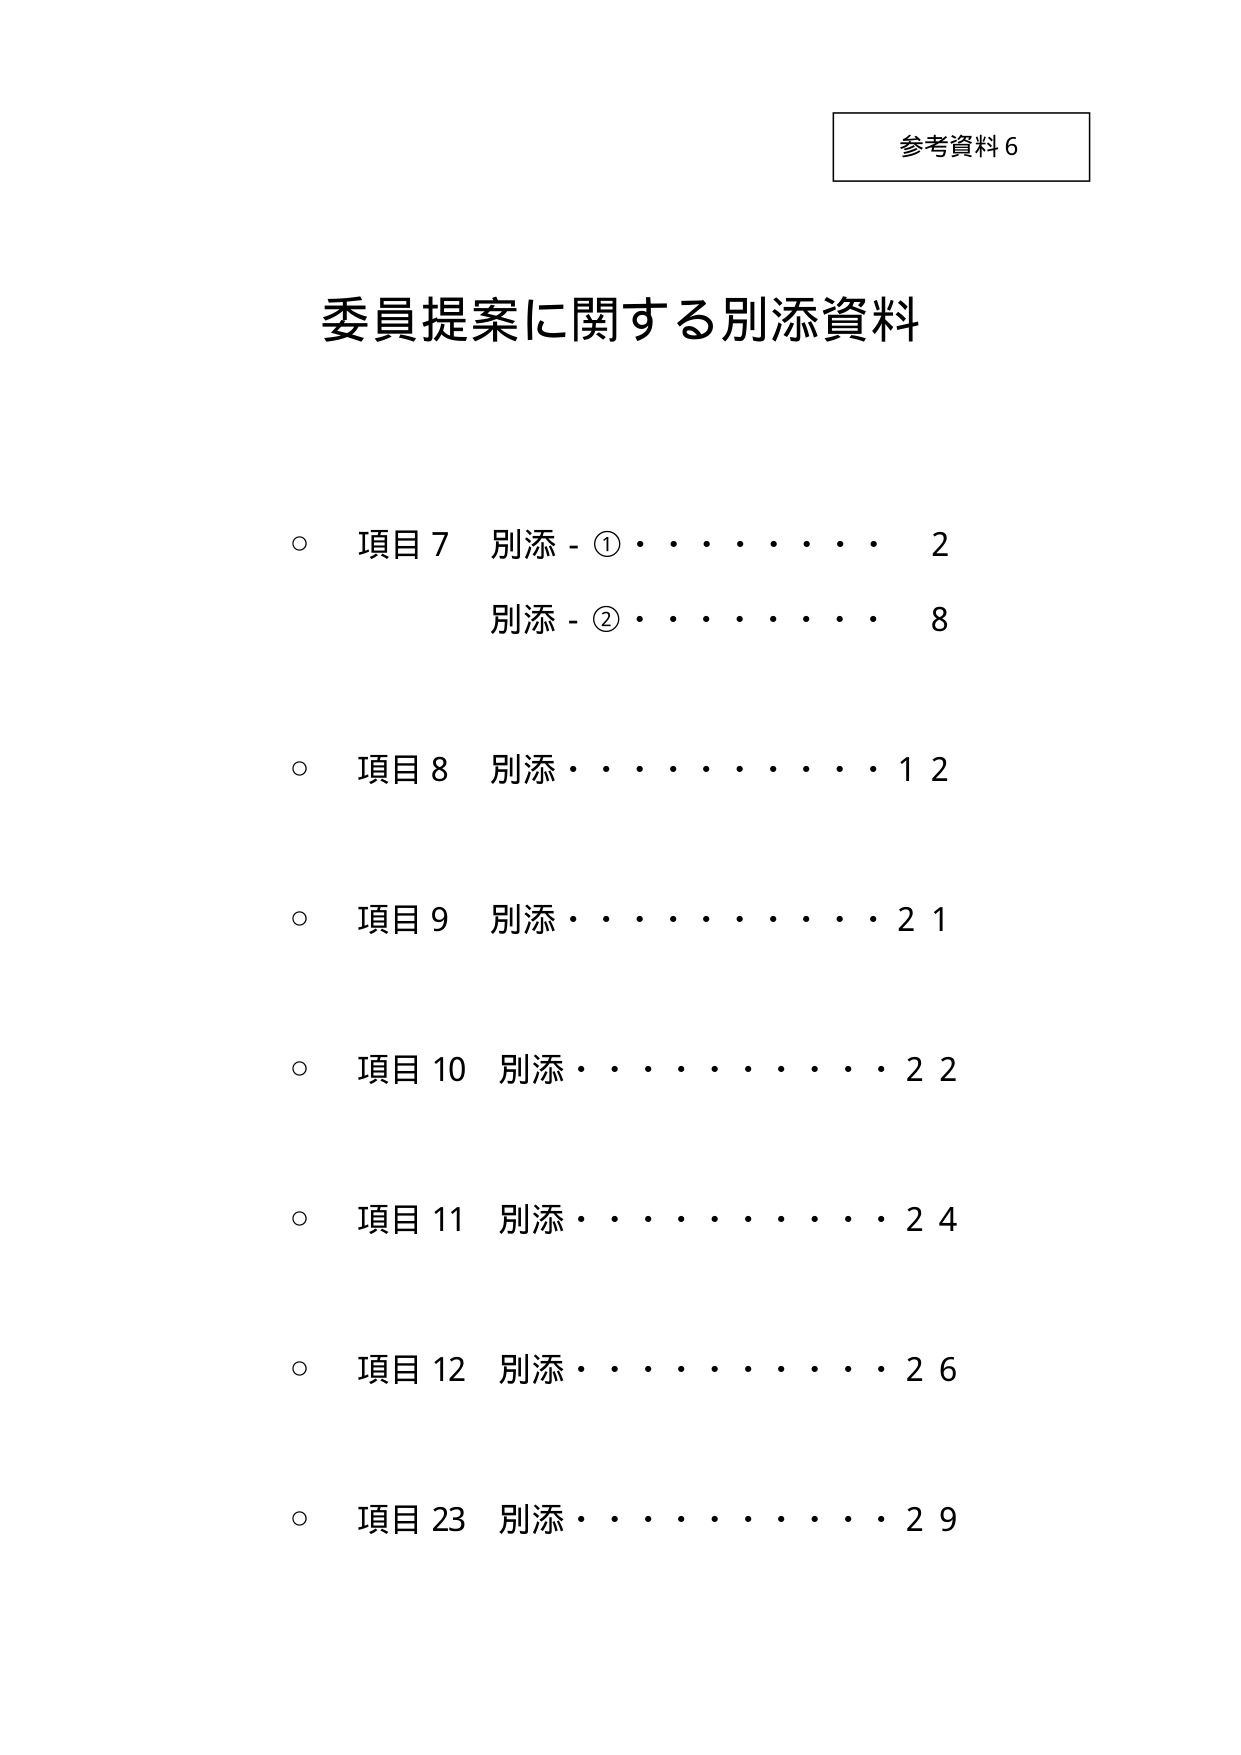
参考資料６

委員提案に関する別添資料

○ 項目７ 別添－①・・・・・・・・ ２
　　別添－②・・・・・・・・ ８

○ 項目８ 別添・・・・・・・・ １２

○ 項目９ 別添・・・・・・・・ ２１

○ 項目１０ 別添・・・・・・・・ ２２

○ 項目１１ 別添・・・・・・・・ ２４

○ 項目１２ 別添・・・・・・・・ ２６

○ 項目２３ 別添・・・・・・・・ ２９